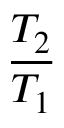
\frac { T _ { 2 } } { T _ { 1 } }